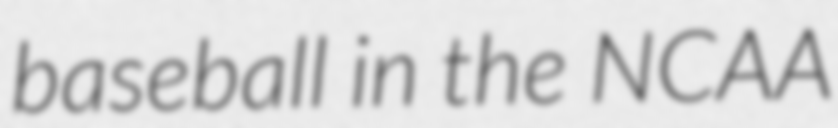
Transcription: baseball in the NCAA